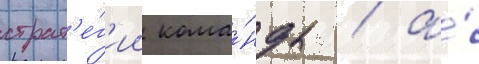
страт'е́г'ии кома́нды / а́